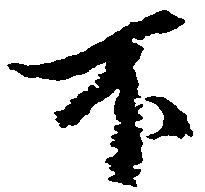
不